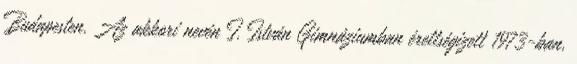
Budapesten. Az akkori nevén I. István Gimnáziumban érettségizett 1973-ban,